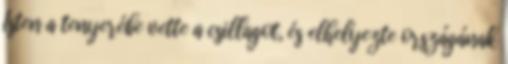
Isten a tenyerébe vette a csillagot, és elhelyezte országának